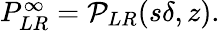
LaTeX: \begin{array}{r}{P_{LR}^{\infty}={\cal P}_{LR}(s\delta,z).}\end{array}